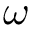
\omega